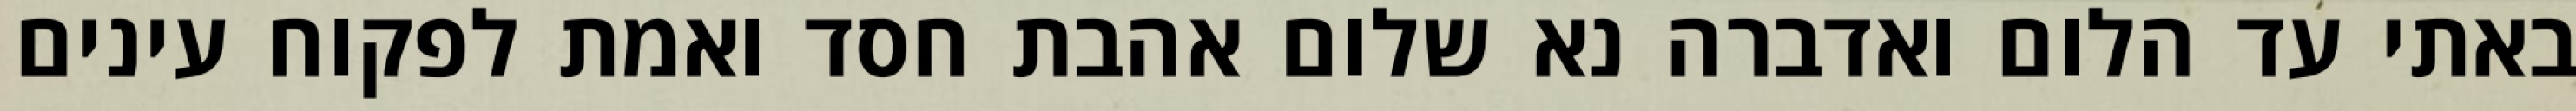
באתי עד הלום ואדברה נא שלום אהבת חסד ואמת לפקוח עינים